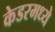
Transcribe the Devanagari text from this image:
केडरमध्ये